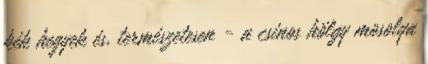
kék hegyek és, természetesen - a csinos hölgy mosolya